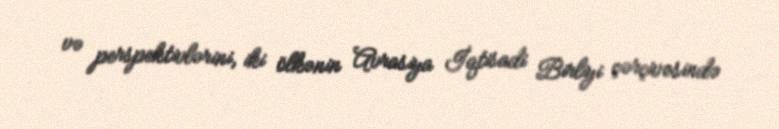
və perspektivlərini, iki ölkənin Avrasiya İqtisadi Birliyi çərçivəsində